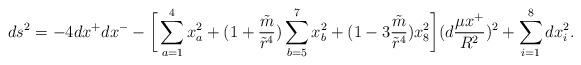
LaTeX: \begin{align*}ds^2=-4dx^+dx^- -\bigg[\sum\limits_{a=1}^4x_a^2 +(1+{\tilde m\over {\tilde r}^4})\sum\limits_{b=5}^7 x_b^2 + (1-3{\tilde m\over {\tilde r}^4})x_8^2\bigg](d{{\mu x^+} \over R^2} )^2+ \sum\limits_{i=1}^8dx_i^2.\end{align*}